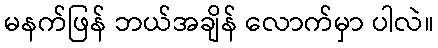
မနက်ဖြန် ဘယ်အချိန် လောက်မှာ ပါလဲ။